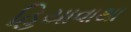
હિયાવાથા